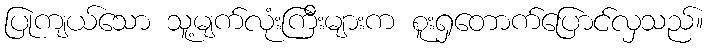
ပြုကျယ်သော သူ့မျက်လုံးကြီးများက စူးရှတောက်ပြောင်လှသည်။